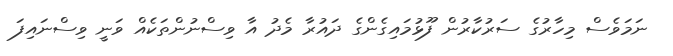
ނަމަވެސް މިހާރުގެ ސަރުކާރުން ފޫޅުމައިގެންގެ ދައުރާ މެދު އާ ވިސްނުންތަކެއް ވަނީ ވިސްނައިފަ